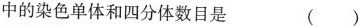
中的染色单体和四分体数目是 ( )